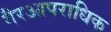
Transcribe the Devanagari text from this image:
गैरआपराधिक